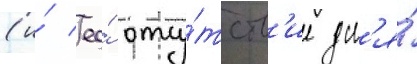
(и́ ео́ отсу́тств'ие дл'я́